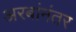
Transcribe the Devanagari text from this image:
अरबांनंतर